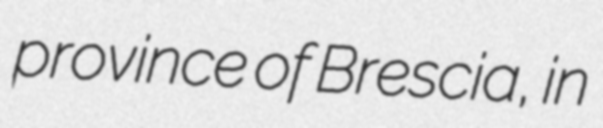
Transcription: province of Brescia, in